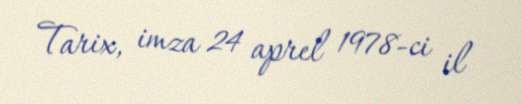
Tarix, imza 24 aprel 1978-ci il